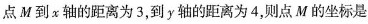
点M到x轴的距离为3，到y轴的距离为4，则点M的坐标是